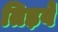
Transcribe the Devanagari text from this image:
तिड़वे